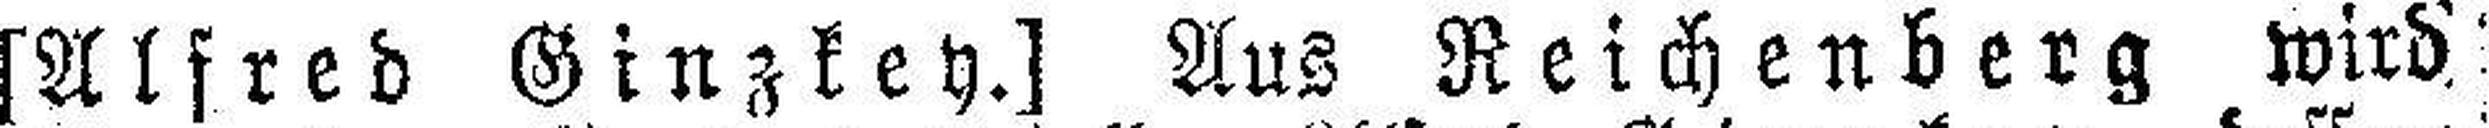
[Alfred Ginzkey.] Aus Reichenberg wird